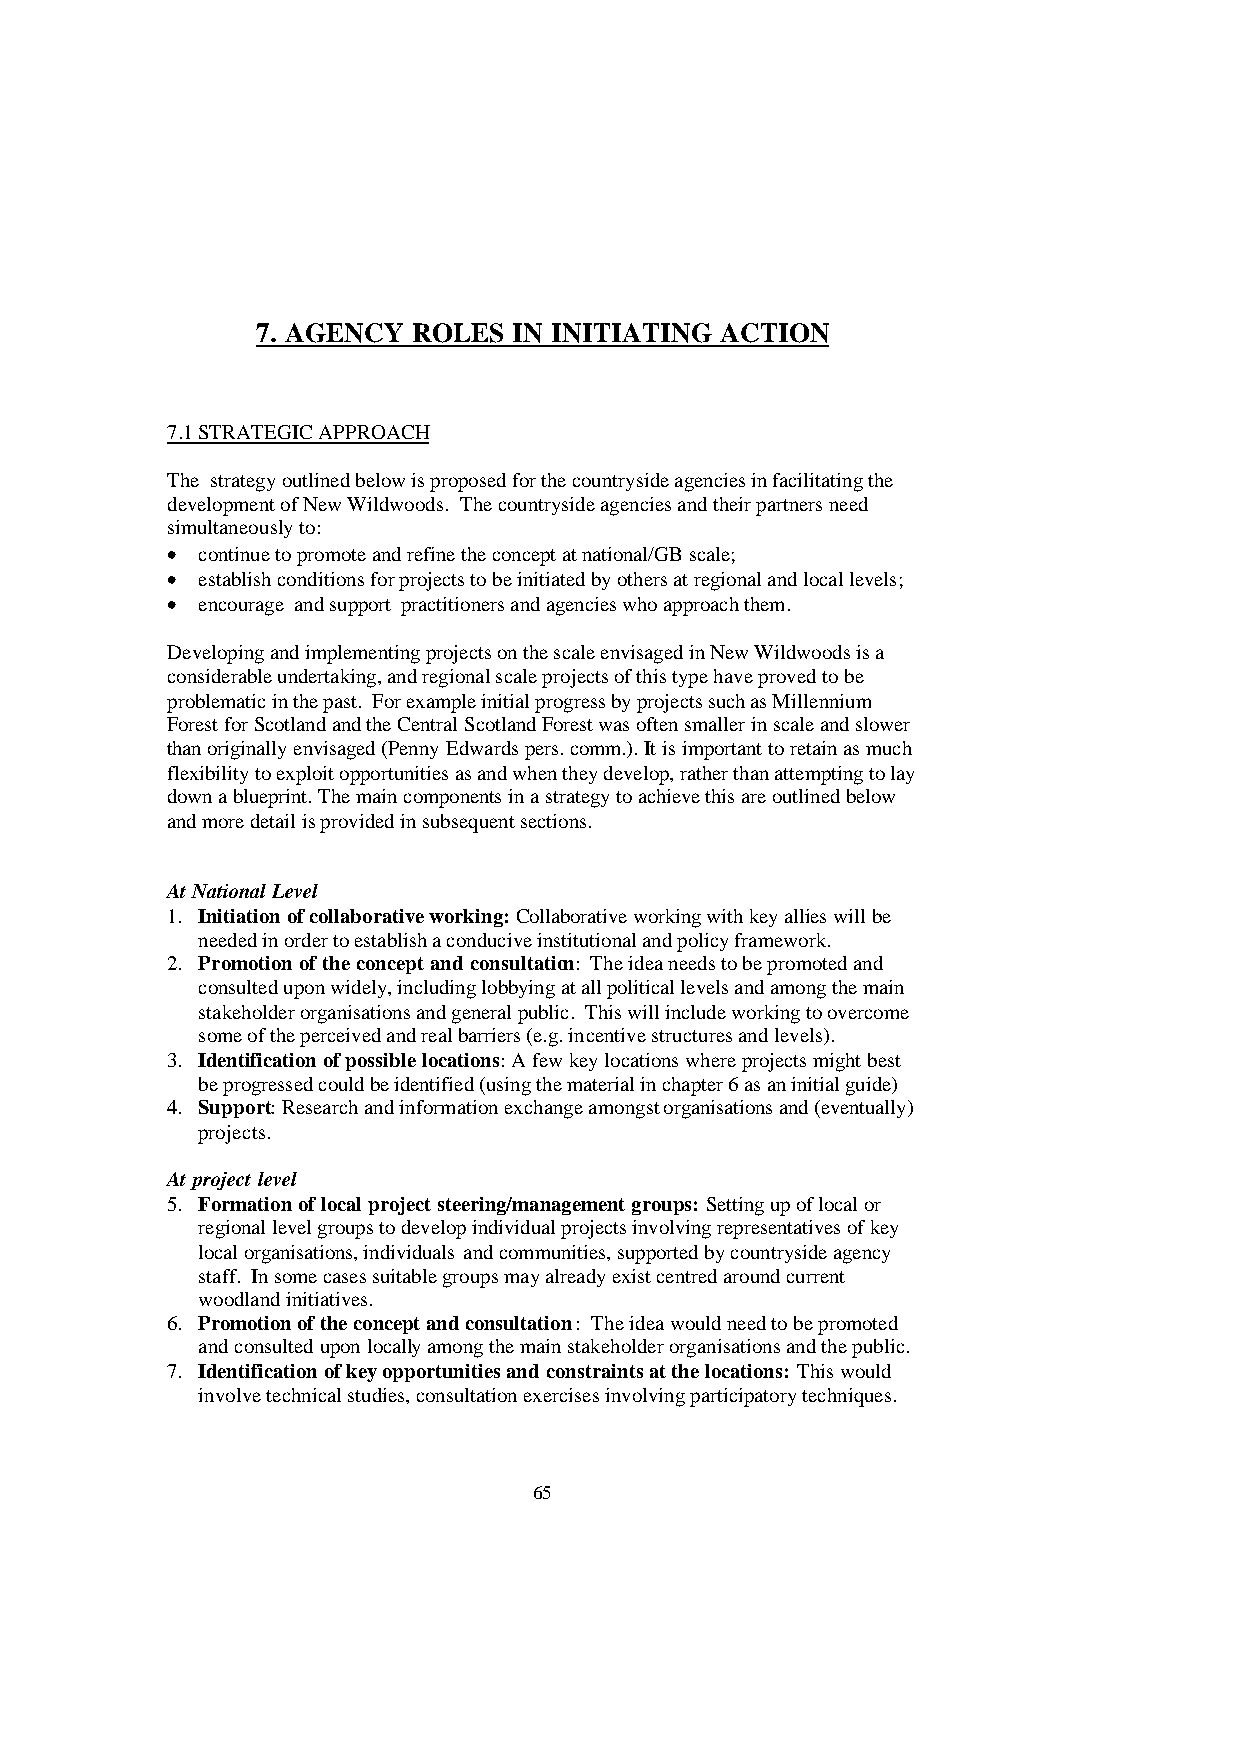
7. AGENCY ROLES  IN INITIATING ACTION
 7.1 STRATEGIC APPROACH
 The strategy outlined below is proposed for the countryside agencies in facilitating the
 development of New Wildwoods. The countryside agencies and their partners need
 simultaneously to:
 • continue to promote and refine the concept at national/GB scale;
 • establish conditions for projects to be initiated by others at regional and local levels;
 • encourage and support practitioners and agencies who approach them.
 Developing and implementing projects on the scale envisaged in New Wildwoods is a
 considerable undertaking, and regional scale projects of this type have proved to be
 problematic in the past. For example initial progress by projects such as Millennium
 Forest for Scotland and the Central Scotland Forest was often smaller in scale and slower
 than originally envisaged (Penny Edwards pers. comm.). It is important to retain as much
 flexibility to exploit opportunities as and when they develop, rather than attempting to lay
 down a blueprint. The main components in a strategy to achieve this are outlined below
 and more detail is provided in subsequent sections.
 At National Level
 1. Initiation of collaborative working: Collaborative working with key allies will be
 needed in order to establish a conducive institutional and policy framework.
 2. Promotion of the concept and consultation: The idea needs to be promoted and
 consulted upon widely, including lobbying at all political levels and among the main
 stakeholder organisations and general public. This will include working to overcome
 some of the perceived and real barriers (e.g. incentive structures and levels).
 3. Identification of possible locations: A few key locations where projects might best
 be progressed could be identified (using the material in chapter 6 as an initial guide)
 4. Support: Research and information exchange amongst organisations and (eventually)
 projects.
 At project level
 5. Formation of local project steering/management groups: Setting up of local or
 regional level groups to develop individual projects involving representatives of key
 local organisations, individuals and communities, supported by countryside agency
 staff. In some cases suitable groups may already exist centred around current
 woodland initiatives.
 6. Promotion of the concept and consultation: The idea would need to be promoted
 and consulted upon locally among the main stakeholder organisations and the public.
 7. Identification of key opportunities and constraints at the locations: This would
 involve technical studies, consultation exercises involving participatory techniques.
 65